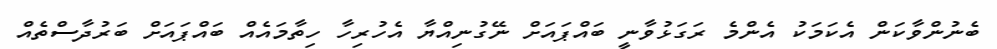
ބެނުންވާކަން އެކަމަކު އެންމެ ރަގަޅުވާނީ ބައްޕައަށް ނޭގުނިއްޔާ އެހުރިހާ ހިތާމައެއް ބައްޕައަށް ބަރުދާސްތެއް